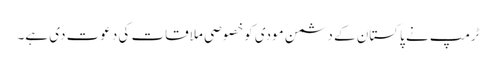
ٹرمپ نے پاکستان کے دشمن مودی کوخصوصی ملاقات کی دعوت دی ہے۔